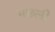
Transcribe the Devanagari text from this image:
मछली